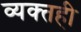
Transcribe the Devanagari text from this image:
व्‍यक्‍तही